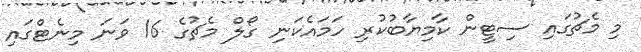
މި މެޗުގައި ސިޓީން ކާމިޔާބުކުރި ހަމައެކަނި ގޯލް މެޗުގެ 16 ވަނަ މިނެޓްގައި